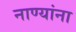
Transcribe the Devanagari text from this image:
नाण्यांना